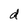
Character: d